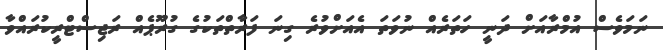
ނަމަވެސް އުމްރާއަށް ދަނީ ހަތަރެއް ނުވަތަ އެއަށްވުރެ ގިނަ ފަރާތްތަކުގެ ގުރޫޕެއް ރަޖިސްޓްރީކުރައްވާ